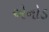
એનોડ